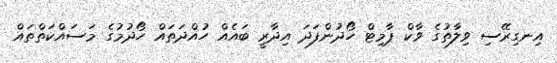
އިނގިރޭސި ވިލާތުގެ ވާކް ޕާމިޓް ހޯދުންފަދަ އިދާރީ ބައެއް ހުއްދަތައް ހޯދުމުގެ މަސައްކަތްތައް